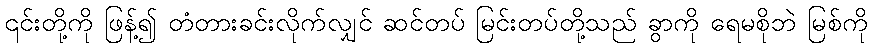
၎င်းတို့ကို ဖြန့်၍ တံတားခင်းလိုက်လျှင် ဆင်တပ် မြင်းတပ်တို့သည် ခွာကို ရေမစိုဘဲ မြစ်ကို